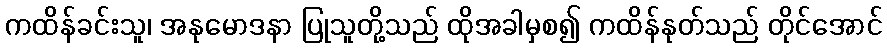
ကထိန်ခင်းသူ၊ အနုမောဒနာ ပြုသူတို့သည် ထိုအခါမှစ၍ ကထိန်နုတ်သည် တိုင်အောင်